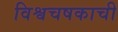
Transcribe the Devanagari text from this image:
विश्वचषकाची